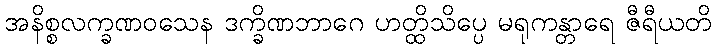
အနိစ္စလက္ခဏဝသေန ဒက္ခိဏဘာဂေ ဟတ္ထိသိပ္ပေ မရုကန္တာရေ ဇီရီယတိ